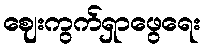
ဈေးကွက်ရှာဖွေရေး